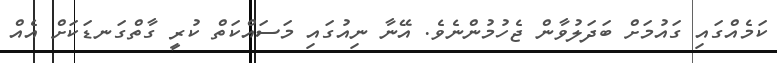
ކަމެއްގައި ގައުމަށް ބަދަލުވާން ޖެހުމުންނެވެ. އޭނާ ނިއުގައި މަސައްކަތް ކުރީ ގާތްގަނޑަކަށް އެއް